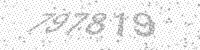
Solution: 797819